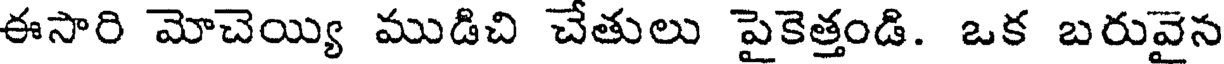
ఈసారి మోచెయ్యి ముడిచి చేతులు పైకెత్తండి. ఒక బరువైన